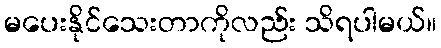
မပေးနိုင်သေးတာကိုလည်း သိရပါမယ်။